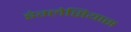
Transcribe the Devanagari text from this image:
इंग्लेसियास